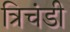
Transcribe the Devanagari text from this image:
त्रिचंडी